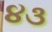
૪૩